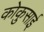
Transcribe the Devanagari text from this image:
कोकुसाई